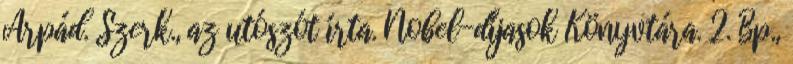
Árpád. Szerk., az utószót írta. Nobel-díjasok Könyvtára. 2. Bp.,